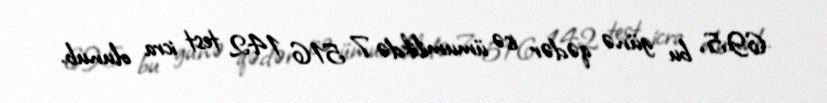
695, bu günə qədər isə ümumilikdə 7 516 142 test icra olunub.